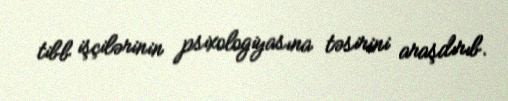
tibb işçilərinin psixologiyasına təsirini araşdırıb.